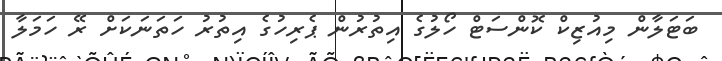
ބަޓަލާން މިއުޒިކް ކޮންސަޓް ހޯލުގެ އިތުރުން ޕެރިހުގެ އިތުރު ހަތަނަކަށް ރޭ ހަމަލާ